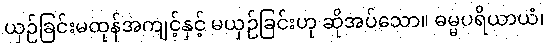
ယှဉ်ခြင်းမထုန်အကျင့်နှင့် မယှဉ်ခြင်းဟု ဆိုအပ်သော။ ဓမ္မပရိယာယံ၊